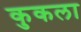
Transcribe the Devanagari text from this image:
कुकला